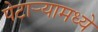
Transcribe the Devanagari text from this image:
पेटार्‍यामध्ये